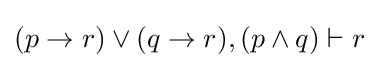
(p\rightarrow r)\lor (q\rightarrow r),(p\land q)\vdash r